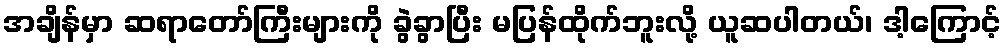
အချိန်မှာ ဆရာတော်ကြီးများကို ခွဲခွာပြီး မပြန်ထိုက်ဘူးလို့ ယူဆပါတယ်၊ ဒါ့ကြောင့်